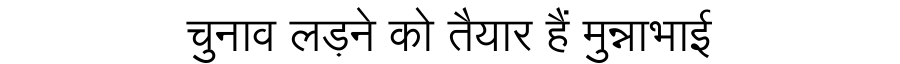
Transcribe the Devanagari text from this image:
चुनाव लड़ने को तैयार हैं मुन्नाभाई